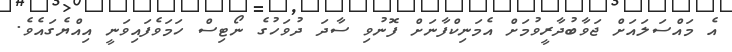
އެ މައްސަލައަށް ޖަވާބުދާރީވުމަށް އެމަނިކްފާނަށް ފޮނުވި ސާދަ ދުވަހުގެ ނޯޓިސް ހަމަވެފައިވަނީ އިއްޔެގައެވެ.